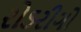
રોડરીગો